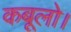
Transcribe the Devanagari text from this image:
कबूलो।